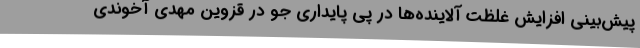
پیش‌بینی افزایش غلظت آلاینده‌ها در پی پایداری جو در قزوین مهدی آخوندی